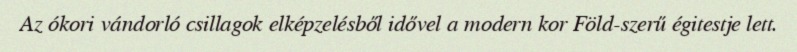
Az ókori vándorló csillagok elképzelésből idővel a modern kor Föld-szerű égitestje lett.